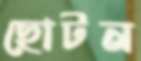
ছোটন